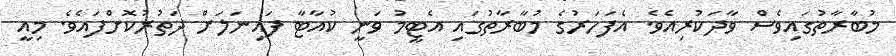
މުބާރާތުގައިވެސް ވާދަކުރިއެވެ. އެފަހަރުގެ މުބާރާތުގައި އެޓީމު ވަނީ ކުއާޓާ ފައިނަލަށް ދަތުރުކޮށްފައެވެ. މިއީ